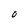
Character: O